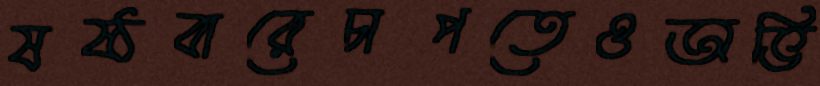
ষষ্ঠবারেচাপতেওঅভি